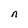
Character: n